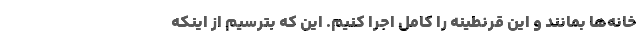
خانه‌ها بمانند و این قرنطینه را کامل اجرا کنیم. این که بترسیم از اینکه